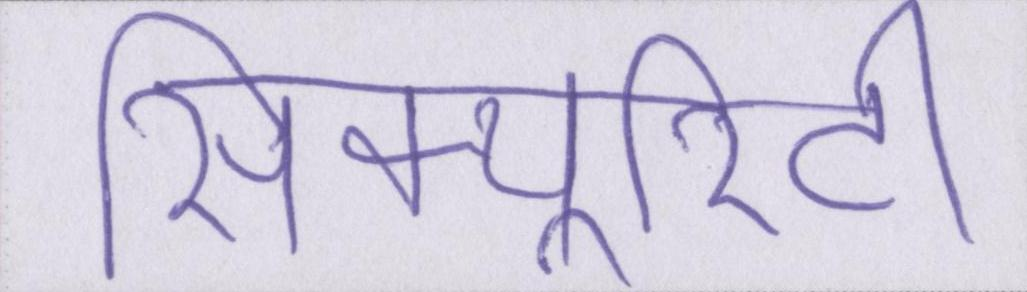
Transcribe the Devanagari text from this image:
सिक्यूरिटी